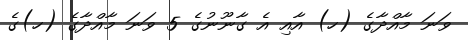
ވަނަ މާއްދާގެ (ހ) އާއި އެ ގާނޫނުގެ 5 ވަނަ މާއްދާގެ (ހ)ގެ